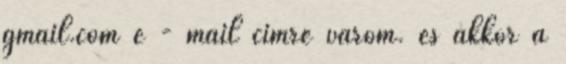
gmail.com e - mail címre várom. és akkor a